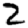
Digit: 2